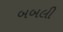
બબલી